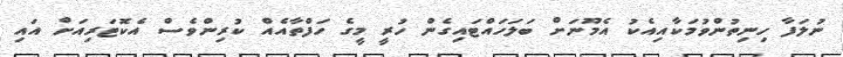
ނުލަފާ ހިނިތުންވުމަކާއިއެކު އެމޫނަށް ބަލަހައްޓައިގެން ހުރީ މީގެ ހަފްތާއެއް ކުރިންވެސް އެކޮޓަރިއަށް އައި